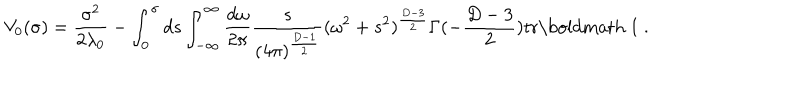
LaTeX: V _ { 0 } ( \sigma ) = \frac { \sigma ^ { 2 } } { 2 \lambda _ { 0 } } - \int _ { 0 } ^ { \sigma } d s \int _ { - \infty } ^ { \infty } \frac { d \omega } { 2 \pi } \frac { s } { ( 4 \pi ) ^ { \frac { D - 1 } { 2 } } } ( \omega ^ { 2 } + s ^ { 2 } ) ^ { \frac { D - 3 } { 2 } } \Gamma ( - \frac { D - 3 } { 2 } ) \mathrm { t r } \mathrm { \boldmath ~ 1 ~ } .